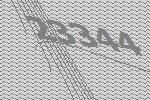
23344